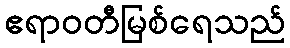
ဧရာဝတီမြစ်ရေသည်